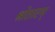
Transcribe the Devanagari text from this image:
श्रोतारम्